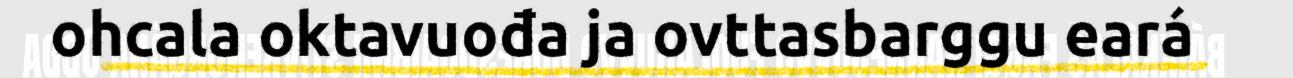
ohcala oktavuođa ja ovttasbarggu eará